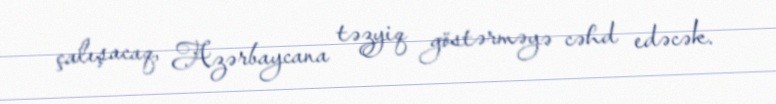
çalışacaq, Azərbaycana təzyiq göstərməyə cəhd edəcək.